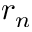
r _ { n }